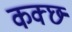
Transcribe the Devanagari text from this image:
कक्छ